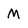
Character: M